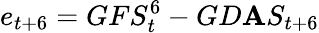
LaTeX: e_{t+6}=GFS_{t}^{6}-GD\mathbf{A}S_{t+6}